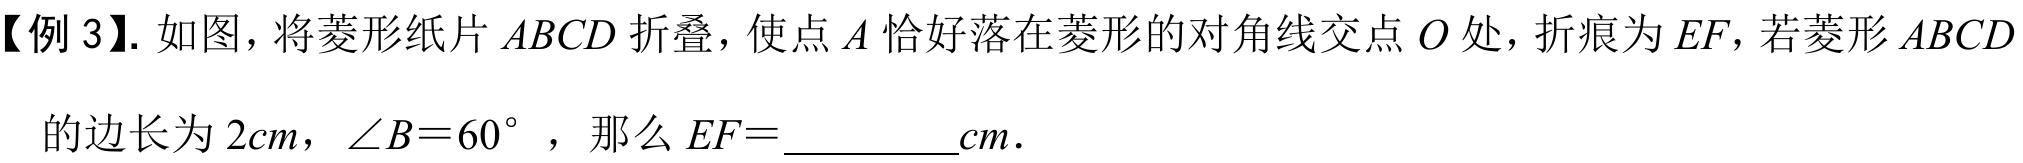
【例3】. 如图，将菱形纸片\(ABCD\)折叠，使点\(A\)恰好落在菱形的对角线交点\(O\)处，折痕为\(EF\)，若菱形\(ABCD\)的边长为\(2cm\)，\(\angle B = 60^{\circ}\)，那么\(EF =\)________\(cm\)．